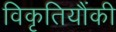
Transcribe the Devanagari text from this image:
विकृतियौंकी